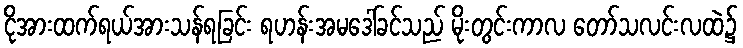
ငိုအားထက်ရယ်အားသန်ရခြင်း ရဟန်းအမဒေါ်ခင်သည် မိုးတွင်းကာလ တော်သလင်းလထဲ၌